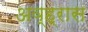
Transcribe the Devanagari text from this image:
अव्ह्रास